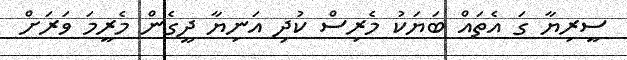
ސީރިޔާ ގަ އެތައް ބަޔަކު މެރިސް ކުދި އަނިޔާ ދީގެން މެރީމަ ވަރަށް